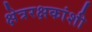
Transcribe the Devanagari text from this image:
क्षेत्ररक्षकांशी